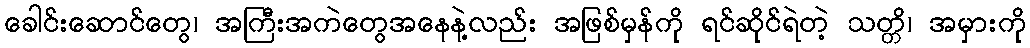
ခေါင်းဆောင်တွေ၊ အကြီးအကဲတွေအနေနဲ့လည်း အဖြစ်မှန်ကို ရင်ဆိုင်ရဲတဲ့ သတ္တိ၊ အမှားကို